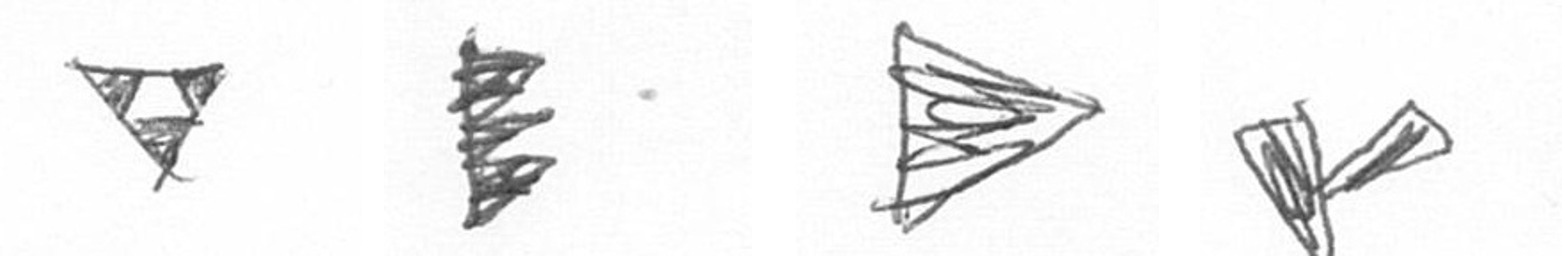
S H T F